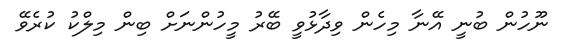
ނޫހުން ބުނީ އޭނާ މިހެން ވިދާޅުވީ ބޭރު މީހުންނަށް ބިން މިލްކު ކުރެވޭ